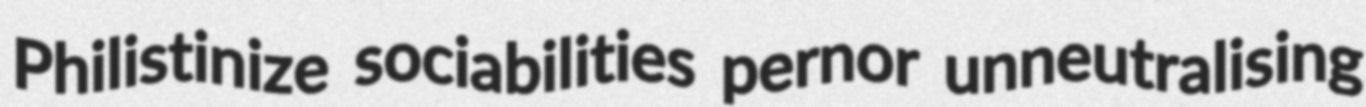
Philistinize sociabilities pernor unneutralising